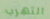
التهرب